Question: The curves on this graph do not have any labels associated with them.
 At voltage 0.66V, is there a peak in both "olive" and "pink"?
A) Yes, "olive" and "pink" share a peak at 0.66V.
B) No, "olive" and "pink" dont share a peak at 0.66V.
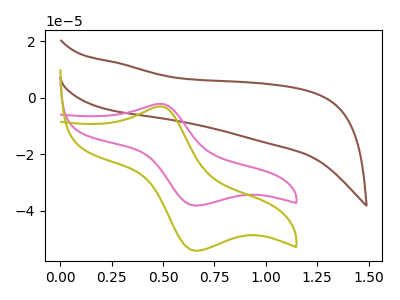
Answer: <think>The brown curve "brown" has no peaks. The pink curve "pink" has an anodic peak at (0.50V, -2.20uA) and a cathodic peak at (0.65V, -38.10uA). The olive curve "olive" has an anodic peak at (0.50V, -3.10uA) and a cathodic peak at (0.65V, -54.05uA).</think>
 <answer>A) Yes, "olive" and "pink" share a peak at 0.66V.</answer>
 <eval>A</eval>